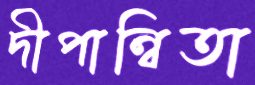
দীপান্বিতা